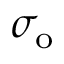
\sigma _ { \mathrm { { o } } }